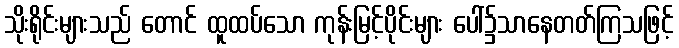
သိုးရိုင်းများသည် တောင် ထူထပ်သော ကုန်းမြင့်ပိုင်းများ ပေါ်၌သာနေတတ်ကြသဖြင့်